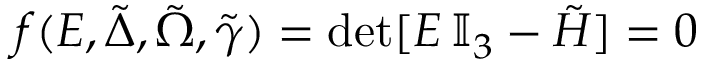
f ( E , \tilde { \Delta } , \tilde { \Omega } , \tilde { \gamma } ) = \mathrm { d e t } [ E \, \mathbb { I } _ { 3 } - \tilde { H } ] = 0